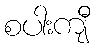
စပါးကျီ